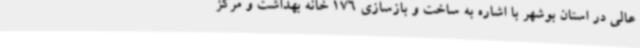
عالی در استان بوشهر با اشاره به ساخت و بازسازی 176 خانه بهداشت و مرکز